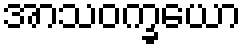
အာသဝက္ခယော